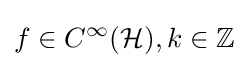
f\in C^{\infty }({\mathcal {H}}),k\in \mathbb {Z}